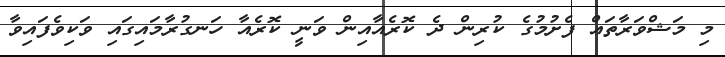
މި މަޝްވަރާތައް ފެށުމުގެ ކުރިން ދެ ކޮރެއާއިން ވަނީ ކޮރެއާ ހަނގުރާމައިގައި ވަކިވެފައިވާ